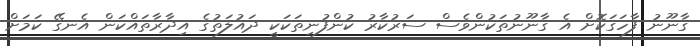
ގާނޫނު ފާހަގަކޮށް އެ ގާނޫނުތަކުންވެސް ސަރުކާރު ކުންފުނިތަކަކީ ދައުލަތުގެ އިދާރާތައްކަން އެނގޭ ކަމަށް